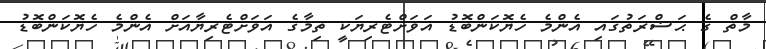
މާތް ގެ ޙަޟްރަތުގައި އެންމެ ހެޔޮކަންބޮޑު އަވަށްޓެރިޔަކީ ތިމާގެ އަވަށްޓެރިޔާއަށް އެންމެ ހެޔޮކަންބޮޑު